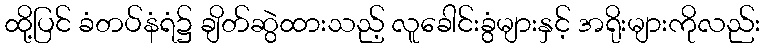
ထို့ပြင် ခံတပ်နံရံ၌ ချိတ်ဆွဲထားသည့် လူခေါင်းခွံများနှင့် အရိုးများကိုလည်း